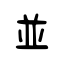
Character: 並